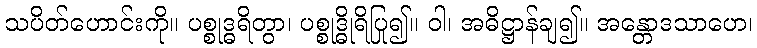
သပိတ်ဟောင်းကို။ ပစ္စုဒ္ဓရိတွာ၊ ပစ္စုဒ္ဓိုရိပြု၍။ ဝါ၊ အဓိဋ္ဌာန်ချ၍။ အန္တောဒသာဟေ၊